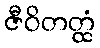
ဇီဝိတတ္ထံ